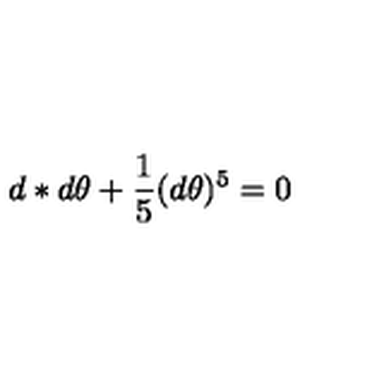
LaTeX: d * d \theta + \frac { 1 } { 5 } ( d \theta ) ^ { 5 } = 0